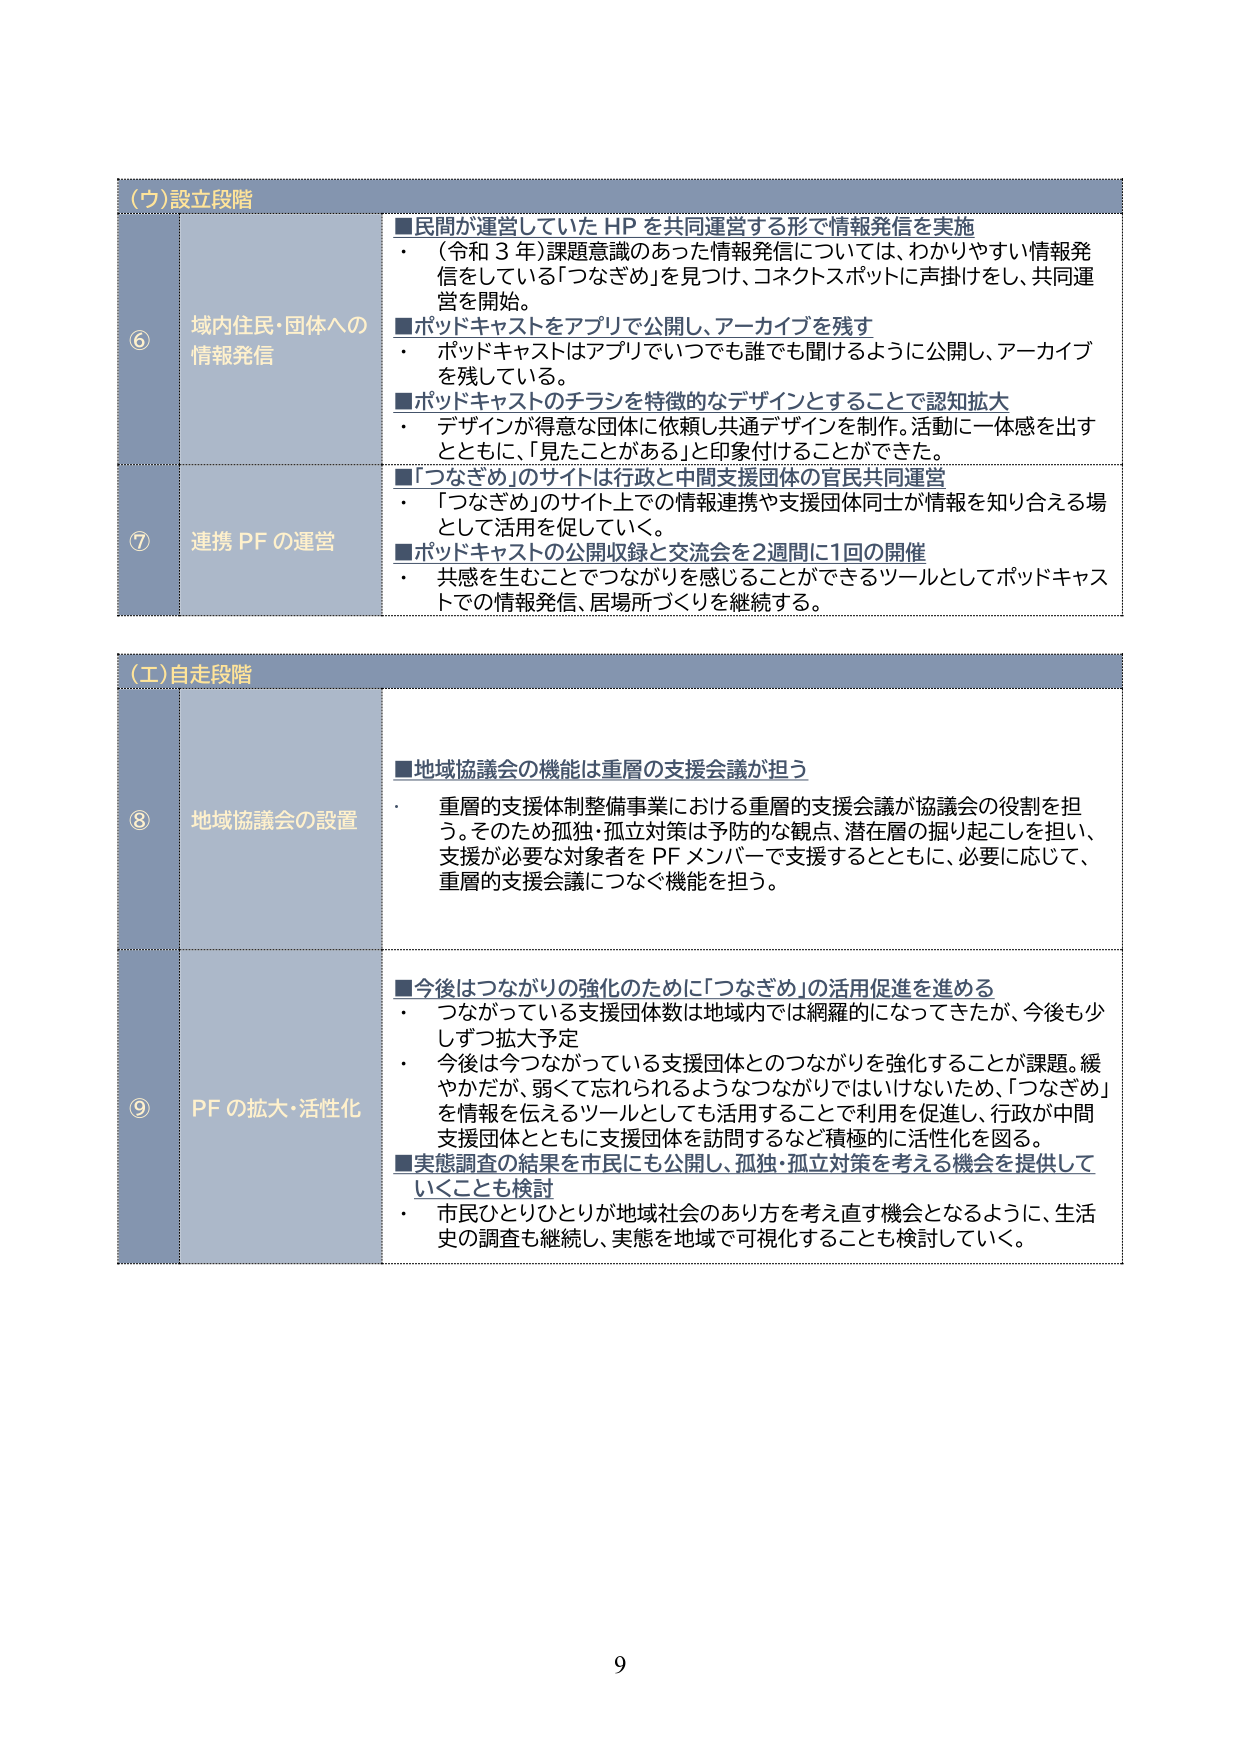
(ウ)設立段階

⑥ 域内住民・団体への情報発信
■民間が運営していたHPを共同運営する形で情報発信を実施
・（令和3年）課題意識のあった情報発信については、わかりやすい情報発信をしている「つなぎめ」を見つけ、コネクトスポットに声掛けをし、共同運営を開始。
■ポッドキャストをアプリで公開し、アーカイブを残す
・ポッドキャストはアプリでいつでも誰でも聞けるように公開し、アーカイブを残している。
■ポッドキャストのチラシを特徴的なデザインとすることで認知拡大
・デザインが得意な団体に依頼し共通デザインを制作。活動に一体感を出すとともに、「見たことがある」と印象付けることができた。

⑦ 連携PFの運営
■「つなぎめ」のサイトは行政と中間支援団体の官民共同運営
・「つなぎめ」のサイト上での情報連携や支援団体同士が情報を知り合える場として活用を促していく。
■ポッドキャストの公開収録と交流会を2週間に1回の開催
・共感を生むことでつながりを感じることができるツールとしてポッドキャストでの情報発信、居場所づくりを継続する。

(エ)自走段階

⑧ 地域協議会の設置
■地域協議会の機能は重層の支援会議が担う
・重層の支援体制整備事業における重層の支援会議が協議会の役割を担う。そのため孤独・孤立対策は予防的な観点、潜在層の掘り起こしを担い、支援が必要な対象者をPFメンバーで支援するとともに、必要に応じて、重層の支援会議につなぐ機能を担う。

⑨ PFの拡大・活性化
■今後はつながりの強化のために「つなぎめ」の活用促進を進める
・つながっている支援団体数は地域内では網羅的になってきたが、今後も少しずつ拡大予定
・今後は今つながっている支援団体とのつながりを強化することが課題。緩やかだが、弱くて忘れられるようなつながりではいけないため、「つなぎめ」を情報を伝えるツールとしても活用することで利用を促進し、行政が中間支援団体とともに支援団体を訪問するなど積極的に活性化を図る。
■実態調査の結果を市民にも公開し、孤独・孤立対策を考える機会を提供していくことも検討
・市民ひとりひとりが地域社会のあり方を考え直す機会となるように、生活史の調査も継続し、実態を地域で可視化することも検討していく。

9